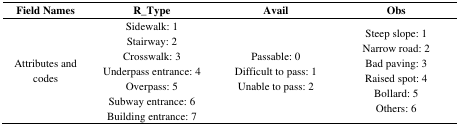
<table><thead><tr><td><b>Field Names</b></td><td><b>R_Type</b></td><td><b>Avail</b></td><td><b>Obs</b></td></tr></thead><tbody><tr><td>Attributes and codes</td><td>Sidewalk: 1Stairway: 2Crosswalk: 3Underpass entrance: 4Overpass: 5Subway entrance: 6Building entrance: 7</td><td>Passable: 0Difficult to pass: 1Unable to pass: 2</td><td>Steep slope: 1Narrow road: 2Bad paving: 3Raised spot: 4Bollard: 5Others: 6</td></tr></tbody></table>